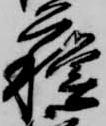
蘇